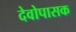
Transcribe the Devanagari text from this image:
देवोपासक